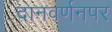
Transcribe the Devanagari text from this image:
दानवर्णनपर